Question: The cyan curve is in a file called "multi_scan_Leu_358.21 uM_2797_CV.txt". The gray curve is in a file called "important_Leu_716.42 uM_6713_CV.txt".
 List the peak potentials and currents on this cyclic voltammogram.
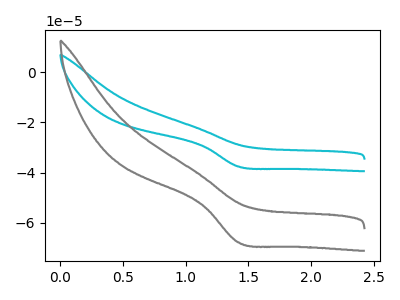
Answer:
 <answer>The cyan curve "Leu_358.21 uM" has a cathodic peak at: (1.40V, -37.60uA). The gray curve "Leu_716.42 uM" has a cathodic peak at: (1.40V, -67.80uA).</answer>
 <eval></eval>